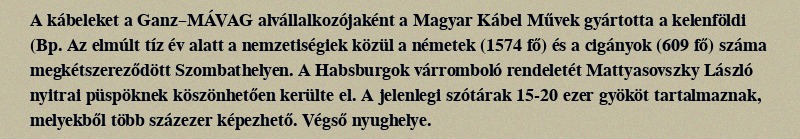
A kábeleket a Ganz–MÁVAG alvállalkozójaként a Magyar Kábel Művek gyártotta a kelenföldi (Bp. Az elmúlt tíz év alatt a nemzetiségiek közül a németek (1574 fő) és a cigányok (609 fő) száma megkétszereződött Szombathelyen. A Habsburgok várromboló rendeletét Mattyasovszky László nyitrai püspöknek köszönhetően kerülte el. A jelenlegi szótárak 15-20 ezer gyököt tartalmaznak, melyekből több százezer képezhető. Végső nyughelye.